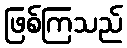
ဖြစ်ကြသည်